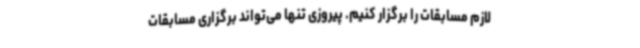
لازم مسابقات را برگزار کنیم. پیروزی تنها می‌تواند برگزاری مسابقات